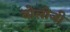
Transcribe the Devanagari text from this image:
बोलोजी